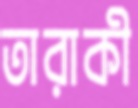
তারাকী